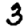
Digit: 3